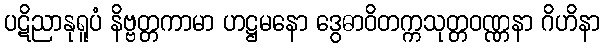
ပဋိညာနုရူပံ နိဗ္ဗတ္တကာမာ ဟဋ္ဌမနော ဒွေဓာဝိတက္ကသုတ္တဝဏ္ဏနာ ဂိဟိနာ